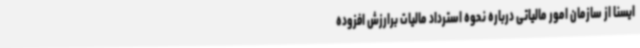
ایسنا از سازمان امور مالیاتی درباره نحوه استرداد مالیات برارزش افزوده